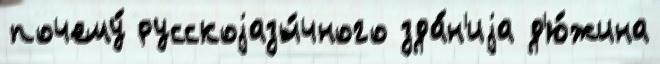
почему́ русскоjазы́чного зда́н'иjа д'ю́жина